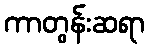
ကာတွန်းဆရာ